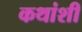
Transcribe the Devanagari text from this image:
कथांशी